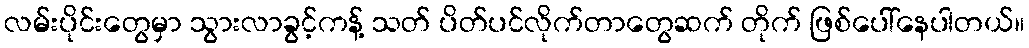
လမ်းပိုင်းတွေမှာ သွားလာခွင့်ကန့် သတ် ပိတ်ပင်လိုက်တာတွေဆက် တိုက် ဖြစ်ပေါ်နေပါတယ်။